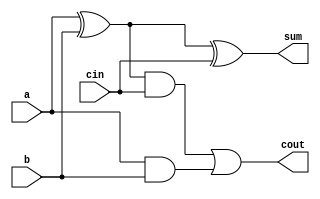
module FA_1bit(a, b, cin, sum, cout);
	input a, b, cin;
	output sum, cout;
	wire xor_out, and_out1, and_out2;
	
	xor my_xor1(xor_out, a, b);
	xor my_xor2(sum, xor_out, cin);
	and my_and1(and_out1, xor_out, cin);
	and my_and2(and_out2, a, b);
	or my_or(cout, and_out1, and_out2);
	
endmodule

module FA_4bit(a, b, cin, sum, cout, overflow);
	input [3:0] a, b;
	input cin;
	output [3:0] sum;
	output cout, overflow;
	wire [2:0] w;
	
	FA_1bit FA1(a[0], b[0], cin, sum[0], w[0]);
	FA_1bit FA2(a[1], b[1], w[0], sum[1], w[1]);
	FA_1bit FA3(a[2], b[2], w[1], sum[2], w[2]);
	FA_1bit FA4(a[3], b[3], w[2], sum[3], cout);
	
	xor xor1(overflow, cout, w[2]);
	
endmodule